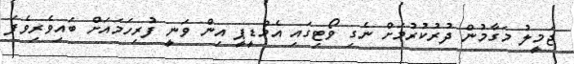
ޖަމީލު މަގާމުން ދުރުކުރުމަށް ނެގި ވޯޓިގައި އެމްޑީޕީ އިން ވަނީ ފުރިހަމައަށް ބައިވެރިވެފަ